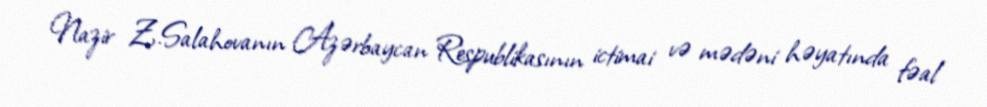
Nazir Z.Salahovanın Azərbaycan Respublikasının ictimai və mədəni həyatında fəal